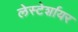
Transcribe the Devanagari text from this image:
लेस्टेर्शायर